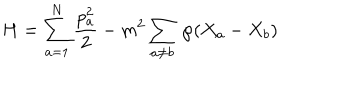
LaTeX: H = \sum _ { a = 1 } ^ { N } \frac { p _ { a } ^ { 2 } } { 2 } - m ^ { 2 } \sum _ { a \neq b } \, { \wp } ( X _ { a } - X _ { b } )